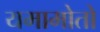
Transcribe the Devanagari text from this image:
यमामोतो